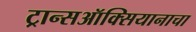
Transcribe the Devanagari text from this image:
ट्रान्सऑक्सियानाचा